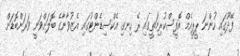
ފޭދޫގައި ހުންނަ ޕީޕީއެމް އޮފީސްކުރިމަތީގައި ރޭ ހިނގި އެކްސިޑެންޓުގައި އެޒުވާނާގެ ބޮލަށްވަނީ ވަރަށްބޮޑަށް